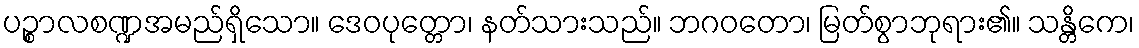
ပဉ္စာလစဏ္ဍအမည်ရှိသော။ ဒေဝပုတ္တော၊ နတ်သားသည်။ ဘဂဝတော၊ မြတ်စွာဘုရား၏။ သန္တိကေ၊